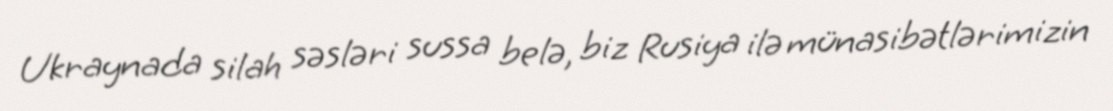
Ukraynada silah səsləri sussa belə, biz Rusiya ilə münasibətlərimizin